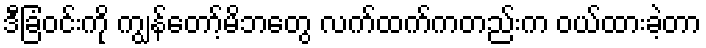
ဒီခြံဝင်းကို ကျွန်တော့်မိဘတွေ လက်ထက်ကတည်းက ဝယ်ထားခဲ့တာ